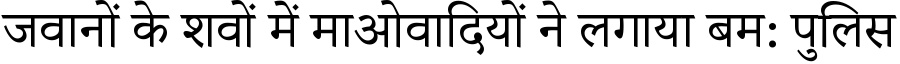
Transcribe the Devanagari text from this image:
जवानों के शवों में माओवादियों ने लगाया बम: पुलिस